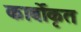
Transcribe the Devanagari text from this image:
कार्बोकृत